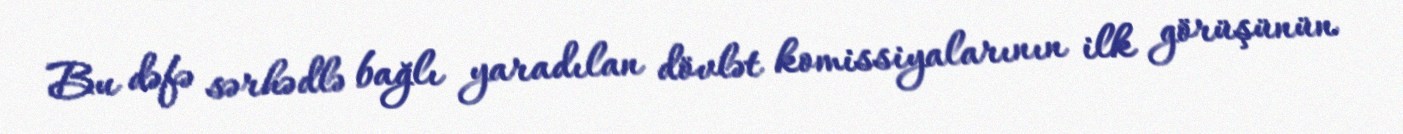
Bu dəfə sərhədlə bağlı yaradılan dövlət komissiyalarının ilk görüşünün